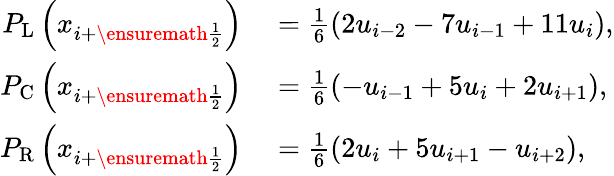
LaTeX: \begin{array}{rl}{P_{\mathrm{L}}\left(x_{i+\ensuremath{{\frac{1}{2}}}}\right)}&{{}=\frac{1}{6}(2u_{i-2}-7u_{i-1}+11u_{i}),}\\ {P_{\mathrm{C}}\left(x_{i+\ensuremath{{\frac{1}{2}}}}\right)}&{{}=\frac{1}{6}(-u_{i-1}+5u_{i}+2u_{i+1}),}\\ {P_{\mathrm{R}}\left(x_{i+\ensuremath{{\frac{1}{2}}}}\right)}&{{}=\frac{1}{6}(2u_{i}+5u_{i+1}-u_{i+2}),}\end{array}